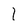
Character: l